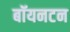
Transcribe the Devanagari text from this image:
बॉयनटन